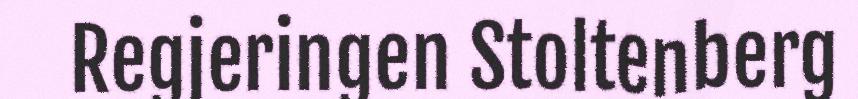
Regjeringen Stoltenberg